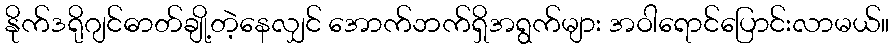
နိုက်ဒရိုဂျင်ဓာတ်ချို့တဲ့နေလျှင် အောက်ဘက်ရှိအရွက်များ အဝါရောင်ပြောင်းလာမယ်။